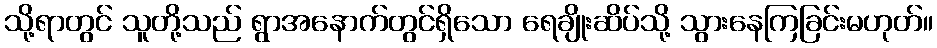
သို့ရာတွင် သူတို့သည် ရွာအနောက်တွင်ရှိသော ရေချိုးဆိပ်သို့ သွားနေကြခြင်းမဟုတ်။